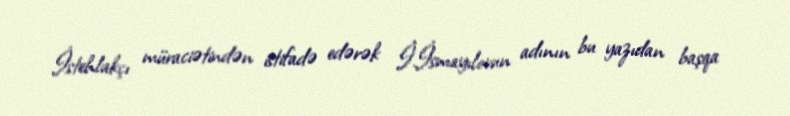
İstehlakçı müraciətindən istifadə edərək İ.İsmayılovun adının bu yazıdan başqa